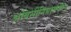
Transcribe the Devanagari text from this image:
अबिसीनियामधील